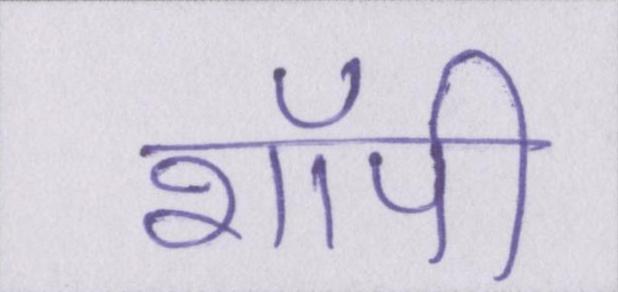
शॉपी